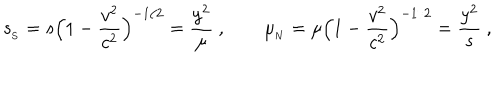
LaTeX: { s _ { _ \mathrm { S } } } = s \Big ( 1 - { \frac { { v } ^ { 2 } } { c ^ { 2 } } } \Big ) ^ { - 1 / 2 } = { \frac { y ^ { 2 } } { \mu } } \ , \qquad { \mu _ { _ \mathrm { N } } } = \mu \Big ( 1 - { \frac { { v } ^ { 2 } } { c ^ { 2 } } } \Big ) ^ { - 1 / 2 } = { \frac { y ^ { 2 } } { s } } \ ,